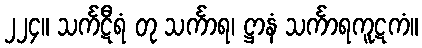
၂၂၄။ သင်္ကဋီရံ တု သင်္ကာရ၊ ဋ္ဌာနံ သင်္ကာရကူဋကံ။